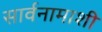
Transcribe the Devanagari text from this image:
सार्वनामाशी